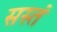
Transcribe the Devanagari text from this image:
सस्तं